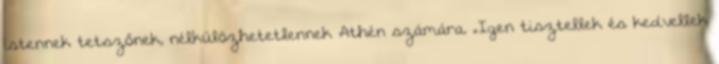
istennek tetszőnek, nélkülözhetetlennek Athén számára. „Igen tisztellek és kedvellek